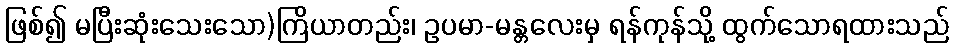
ဖြစ်၍ မပြီးဆုံးသေးသော)ကြိယာတည်း၊ ဥပမာ-မန္တလေးမှ ရန်ကုန်သို့ ထွက်သောရထားသည်